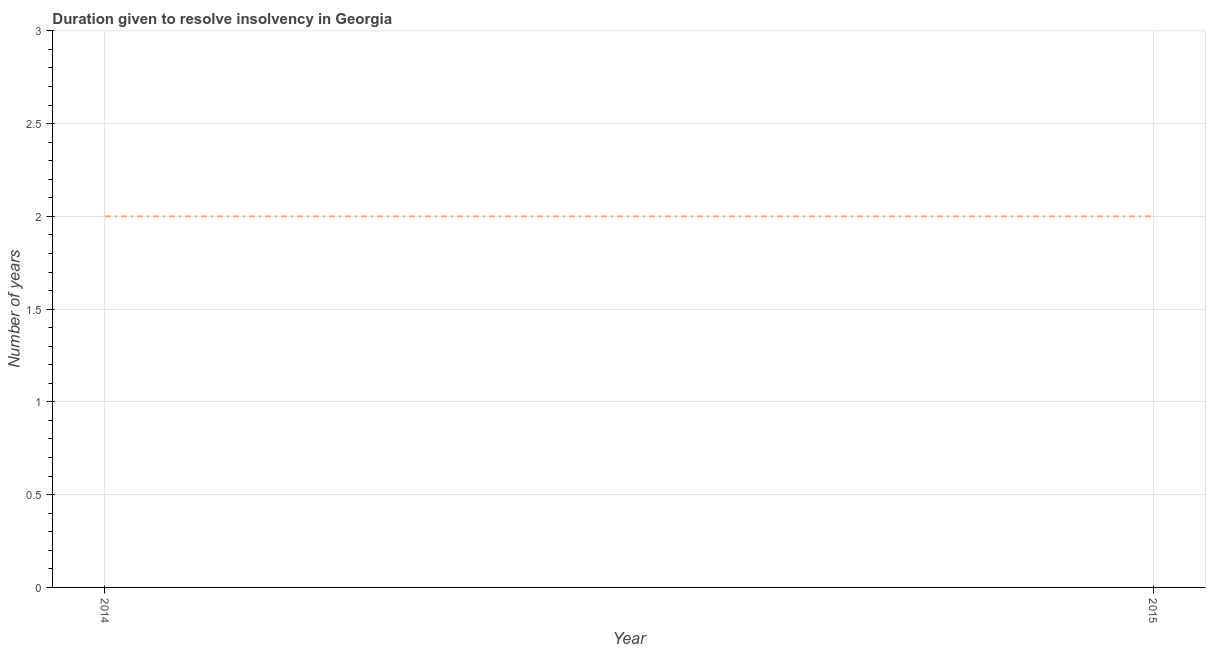
| Year | Resolve insolvency |
 | --- | --- |
 | 2014 | 2 |
 | 2015 | 2 |